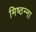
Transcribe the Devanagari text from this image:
मिष्ठन्ना